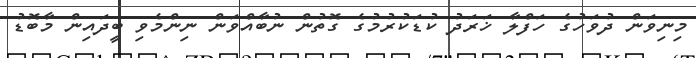
މިނިވަން ދުވަހުގެ ހަފްލާ ޚަރަދު ކުޑަކުރުމުގެ ގޮތުން ނުބާއްވަން ނިންމެވި ބީދައިން މާބޮޑު